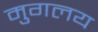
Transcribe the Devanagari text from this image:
मुगलय